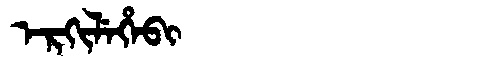
Manchu: ᡝᡵᡴᡳᠯᡝᡥᡝᠪᡳ
Romanization: ERKILEHEBI